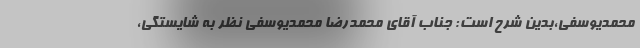
محمدیوسفی،بدین شرح است: جناب آقای محمدرضا محمدیوسفی نظر به شایستگی،